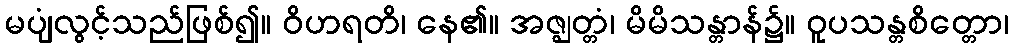
မပျံလွင့်သည်ဖြစ်၍။ ဝိဟရတိ၊ နေ၏။ အဇ္ဈတ္တံ၊ မိမိသန္တာန်၌။ ဝူပသန္တစိတ္တော၊